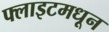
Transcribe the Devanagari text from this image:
फ्लाइटमधून